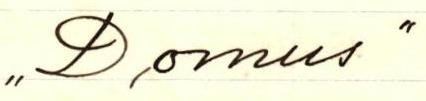
,,Domus"